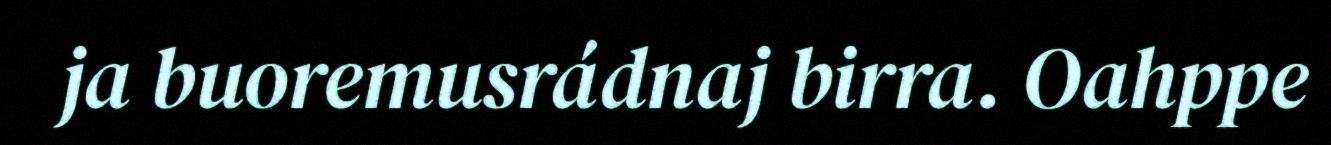
ja buoremusrádnaj birra. Oahppe